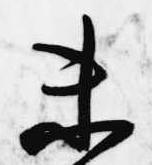
未